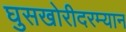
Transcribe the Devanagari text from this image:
घुसखोरीदरम्यान